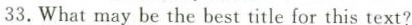
33.What may be the best title for this text?